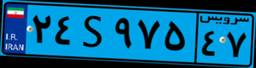
۶۰S۲۱۲۹۹